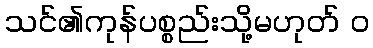
သင်၏ကုန်ပစ္စည်းသို့မဟုတ် ၀